system: You are a helpful assistant.
user:
Analyze the provided spectrum to determine if it is a **M-type Giant (gM)**.

A M-type Giant spectrum is defined by its **strong molecular absorption** features, particularly from **Titanium Oxide (TiO)**. You must check for one of the following mutually exclusive signatures:

- **Key Visual Indicators (Absorption-Dominated Spectrum):**

    - **(Primary):** The spectrum is dominated by strong molecular absorption from **Titanium Oxide (TiO)**. This is the **defining feature** of its M-type temperature class.
        - **(Key Bandheads):** Look for sharp, "saw-tooth" absorption valleys. The strongest are located near **~7050 Å**, **~6160 Å**, and **~5170 Å**.
        - **(Line Profile):** The "saw-tooth" morphology is critical: a **sharp, steep drop on the BLUE (short-wavelength) side** of the bandhead, followed by a gradual recovery (rising flux) towards the RED (long-wavelength) side.

    - **(Key Confirmation - Giant vs. Dwarf):** **ABSENCE** of strong **Calcium Hydride (CaH)** molecular bands. This is the primary diagnostic for *excluding* M-dwarfs.
        - **(Key Region):** The spectrum should lack the strong, broad absorption band seen in dwarfs between **~6800 Å and ~7000 Å**.

    - **(Secondary Confirmation - Giant):** A very strong and broad **Neutral Calcium (Ca I)** atomic absorption line.
        - **(Key Line):** Located at **~4226 Å**. In a giant (gM), this line is significantly deeper and broader than the same line in an M-dwarf (dM) due to low surface gravity.

    - **(Overall Spectrum):**
        - The continuum is **extremely red-sloping** (i.e., flux is very low in the blue and rises dramatically towards the red).
        - The entire spectrum appears "chopped up" by the deep TiO bands.

Think first, call **spectral_visualization_tool** if needed to examine features in detail, then provide your final answer. Your response must adhere to the following strict rules:
1.  **Overall Structure:** Your response must follow the format `<think>...</think> <tool_call>...</tool_call> (if a tool is used) <answer>...</answer>`.
2.  **Tool Usage Constraint:** You may only make **one** tool call per turn.
3.  **Final Answer Format:** In the `<answer>` tag, your conclusion must be inside a `\boxed{}` command (e.g., `\boxed{YES}` or `\boxed{NO}`), followed by your justification.

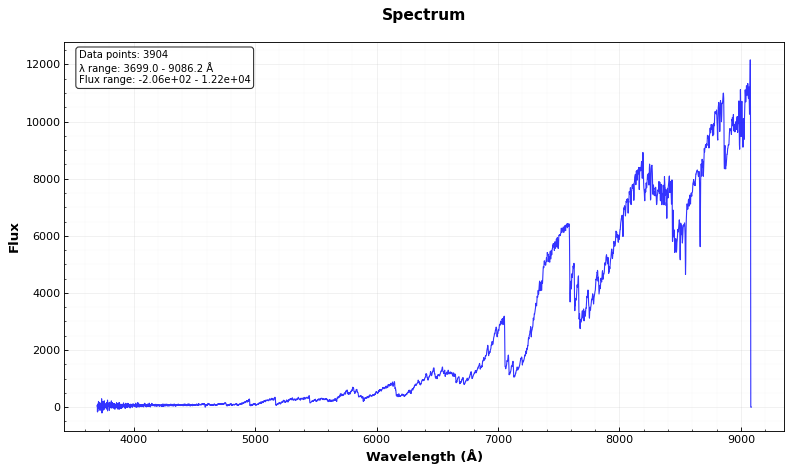
Answer: YES